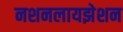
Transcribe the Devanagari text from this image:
नशनलायझेशन